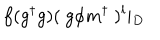
LaTeX: f ( g ^ { \dagger } g ) ( ~ g \phi m ^ { \dagger } ~ ) ^ { l } \vert _ { D }